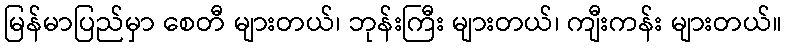
မြန်မာပြည်မှာ စေတီ များတယ်၊ ဘုန်းကြီး များတယ်၊ ကျီးကန်း များတယ်။